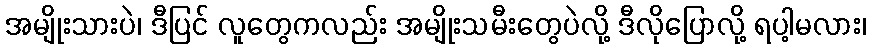
အမျိုးသားပဲ၊ ဒီပြင် လူတွေကလည်း အမျိုးသမီးတွေပဲလို့ ဒီလိုပြောလို့ ရပါ့မလား၊